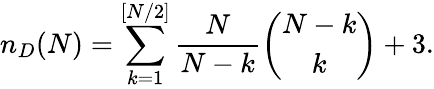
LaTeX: n_{D}(N)=\sum_{k=1}^{[N/2]}\frac{N}{N-k}\left(\begin{array}{c}{{N-k}}\\ {{k}}\end{array}\right)+3.